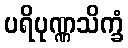
ပရိပုဏ္ဏသိက္ခံ